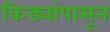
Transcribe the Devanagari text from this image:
किड्यांपासून